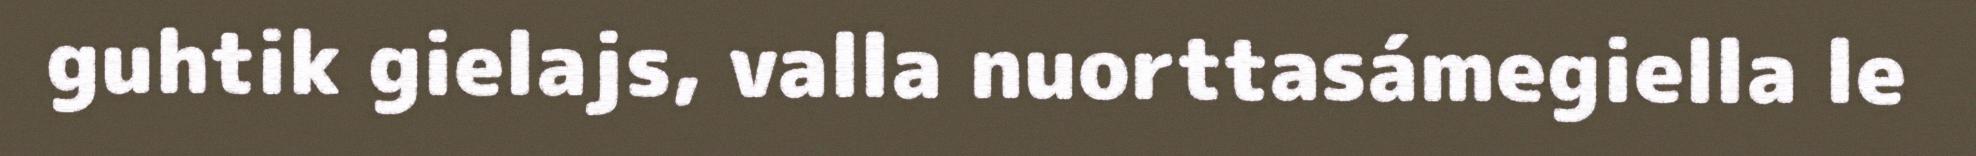
guhtik gielajs, valla nuorttasámegiella le